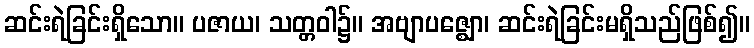
ဆင်းရဲခြင်းရှိသော။ ပဇာယ၊ သတ္တဝါ၌။ အဗျာပဇ္ဈော၊ ဆင်းရဲခြင်းမရှိသည်ဖြစ်၍။